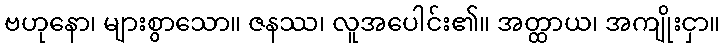
ဗဟုနော၊ များစွာသော။ ဇနဿ၊ လူအပေါင်း၏။ အတ္ထာယ၊ အကျိုးငှာ။